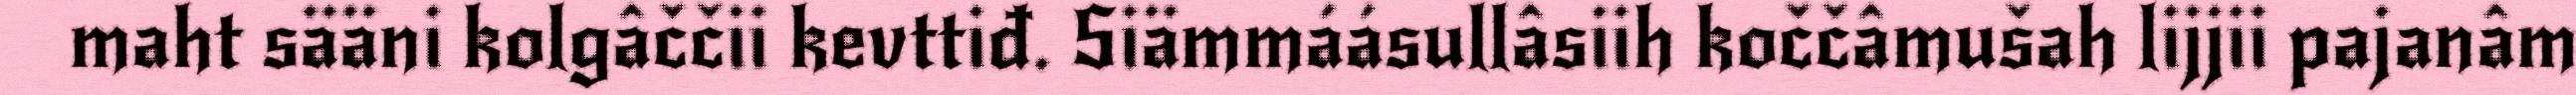
maht sääni kolgâččii kevttiđ. Siämmáásullâsiih koččâmušah lijjii pajanâm